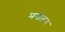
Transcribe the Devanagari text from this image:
मनोलय